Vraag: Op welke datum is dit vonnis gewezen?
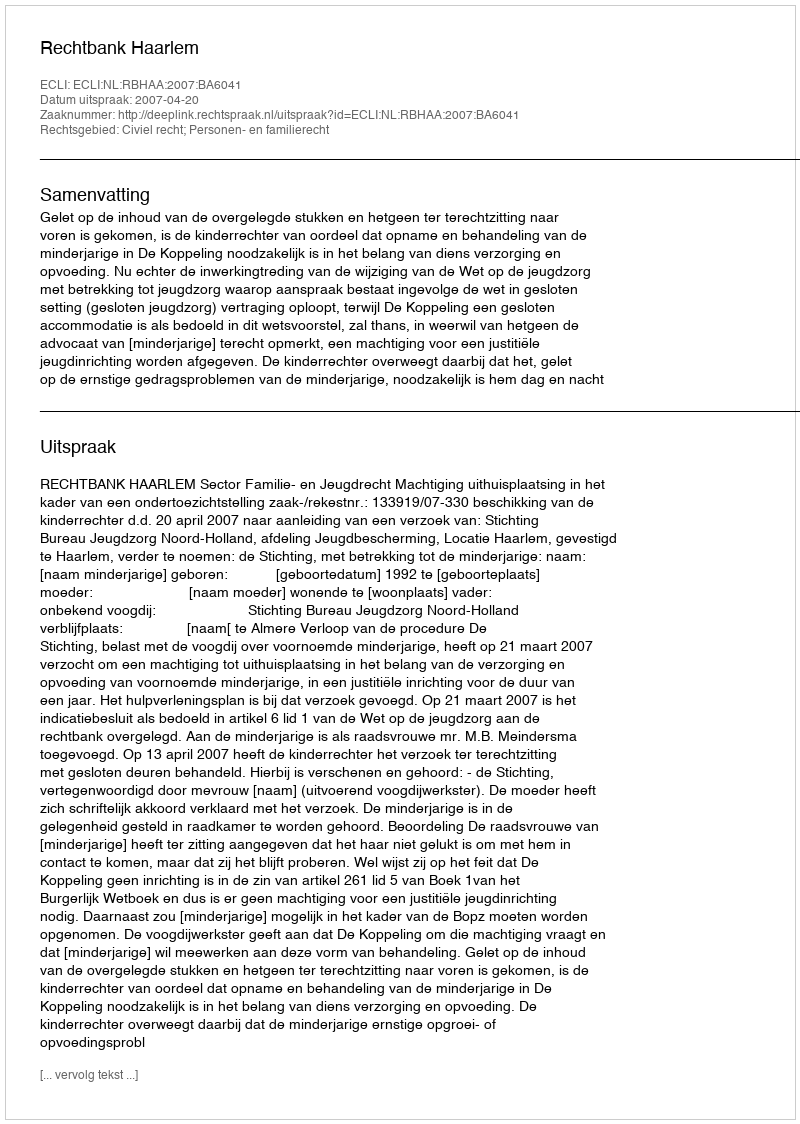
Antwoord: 2007-04-20